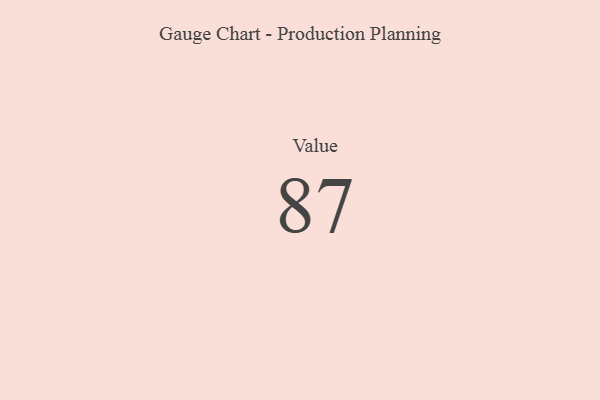
{"axis": {"x": "Metric", "y": "Value"}, "legend": [""], "data": [{"x": "Value", "y": 87, "type": ""}]}